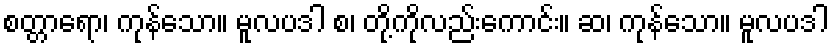
စတ္တာရော၊ ကုန်သော။ မူလပဒါ စ၊ တို့ကိုလည်းကောင်း။ ဆ၊ ကုန်သော။ မူလပဒါ